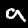
Label: 9